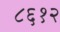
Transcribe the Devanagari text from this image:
८६१२